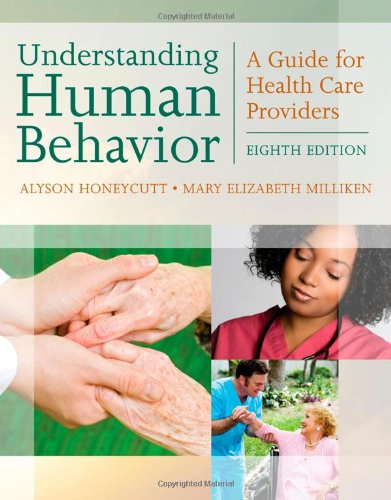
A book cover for Understanding Human Behavior: A Guide for Health Care Providers (Communication and Human Behavior for Health Science); Alyson Honeycutt; Medical Books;